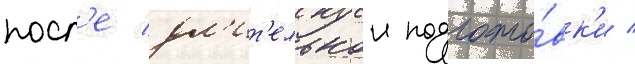
посл'е дл'ит'ельнои подгото́вк'и /